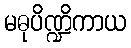
မဓုပိဏ္ဍိကာယ